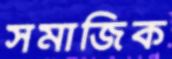
সমাজিক